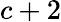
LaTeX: c+2